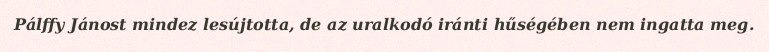
Pálffy Jánost mindez lesújtotta, de az uralkodó iránti hűségében nem ingatta meg.